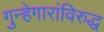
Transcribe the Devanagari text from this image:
गुन्हेगारांविरुद्ध